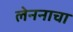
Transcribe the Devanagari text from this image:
लेननाचा